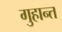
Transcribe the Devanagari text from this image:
गुहान्त